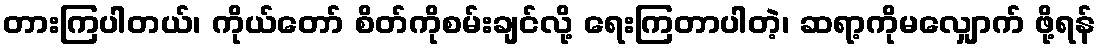
တားကြပါတယ်၊ ကိုယ်တော် စိတ်ကိုစမ်းချင်လို့ ရေးကြတာပါတဲ့၊ ဆရာ့ကိုမလျှောက် ဖို့ရန်